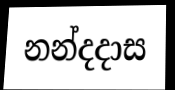
නන්දදාස